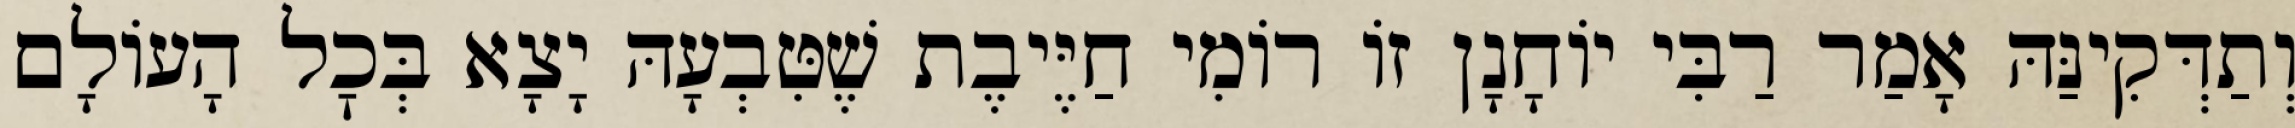
וְתַדְּקִינַּהּ אָמַר רַבִּי יוֹחָנָן זוֹ רוֹמִי חַיֶּיבֶת שֶׁטִּבְעָהּ יָצָא בְּכׇל הָעוֹלָם